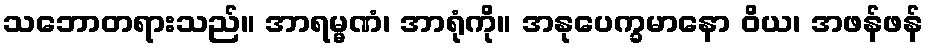
သဘောတရားသည်။ အာရမ္မဏံ၊ အာရုံကို။ အနုပေက္ခမာနော ဝိယ၊ အဖန်ဖန်